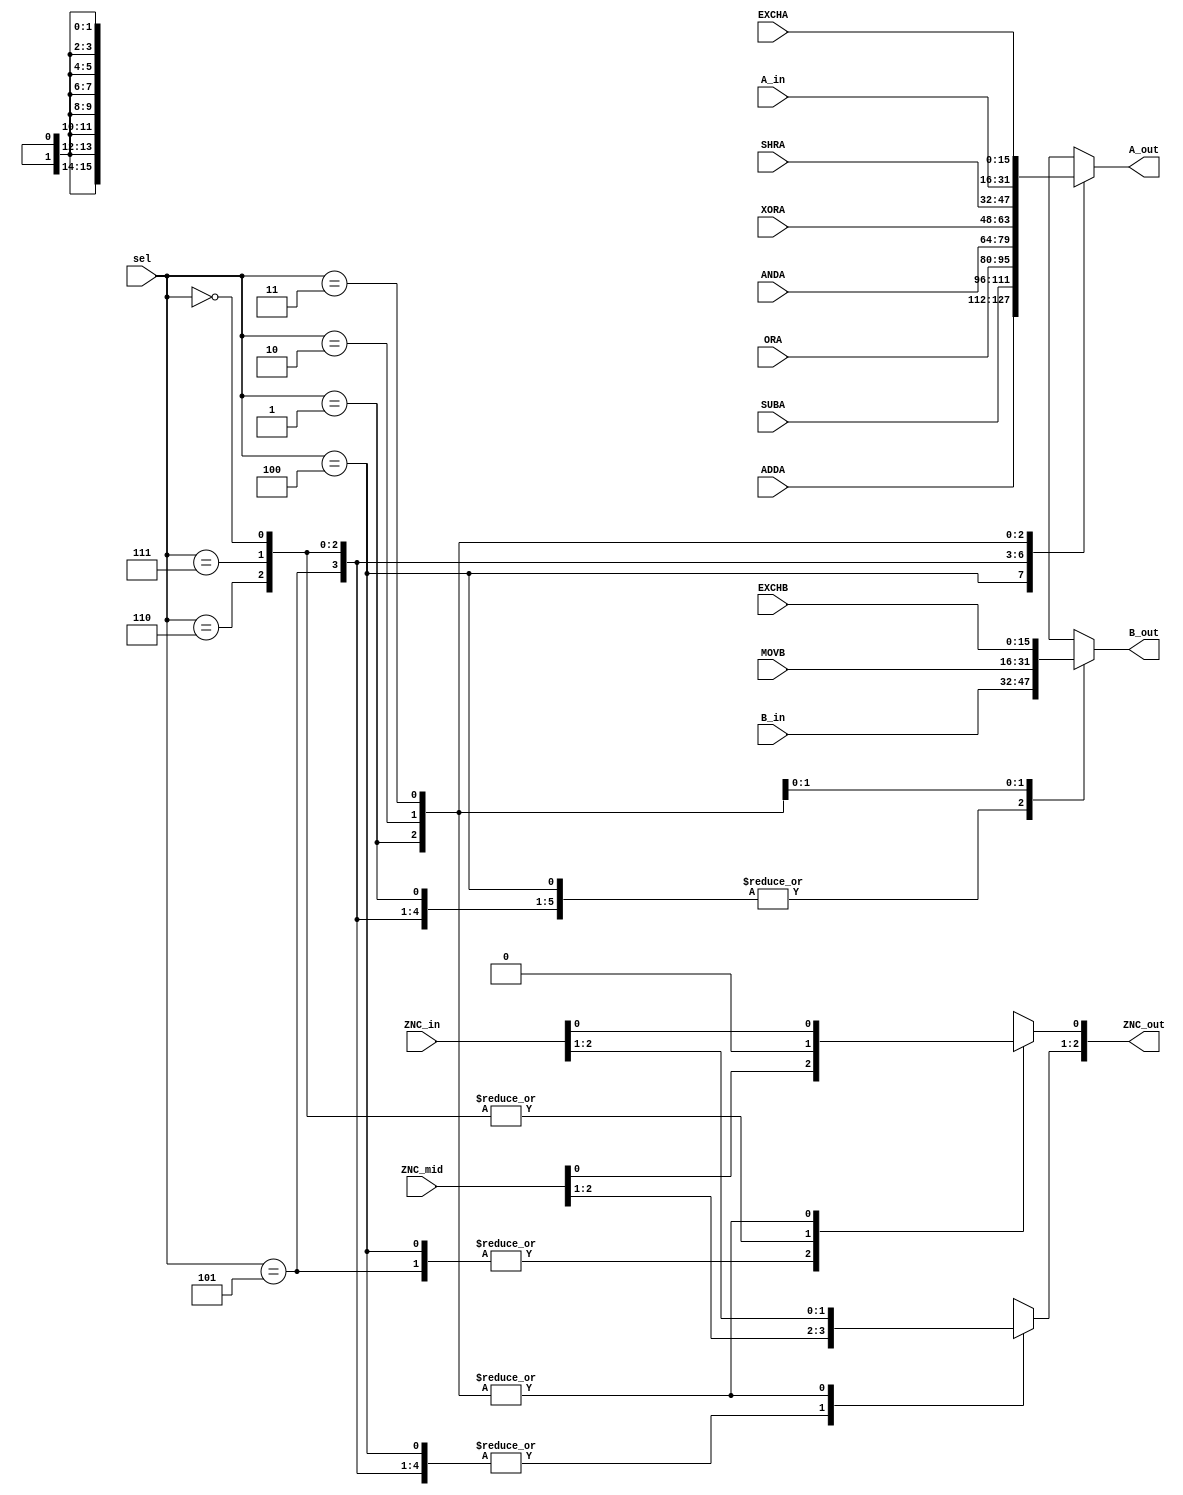
// Andrew Doucet
// Spencer Dugas

// Decoder to figure out what is going on

module DECO (A_in, B_in, ADDA, SUBA, ORA, ANDA, XORA, SHRA, MOVB, EXCHA, EXCHB, sel, A_out, B_out,ZNC_in,ZNC_mid,ZNC_out);

    //Inputs from instruction
    input [15:0] A_in, B_in, ADDA, SUBA, ORA, ANDA, XORA, SHRA, MOVB, EXCHA, EXCHB;

    // Select and outputs
    input [2:0] sel;
    output reg [15:0] A_out, B_out;

    // ZNC bits
    input [2:0]ZNC_in, ZNC_mid;
    output reg [2:0]ZNC_out;

    // Decoder
    always @ (A_in,B_in,sel)  begin

        case(sel)
            //ADD
            3'b100 : begin
                        A_out = ADDA;
                        B_out = B_in;
                        ZNC_out = ZNC_mid;
                    end
            //SUB
            3'b101 : begin
                        A_out = SUBA;
                        B_out = B_in;
                        ZNC_out = ZNC_mid;
                    end
            //OR
            3'b110 : begin
                        A_out = ORA;
                        B_out = B_in;
                        ZNC_out[2:1] = ZNC_mid[2:1];
                        ZNC_out[0] = 0;
                    end
            //AND
            3'b111 : begin
                        A_out = ANDA;
                        B_out = B_in;
                        ZNC_out[2:1] = ZNC_mid[2:1];
                        ZNC_out[0] = 0;
                    end
            //XOR
            3'b000 : begin
                        A_out = XORA;
                        B_out = B_in;
                        ZNC_out[2:1] = ZNC_mid[2:1];
                        ZNC_out[0] = 0;
                    end
            //SHR
            3'b001 : begin
                        A_out = SHRA;
                        B_out = B_in;
                        ZNC_out = ZNC_in;
                    end
            //MOV
            3'b010 : begin
                        A_out = A_in;
                        B_out = MOVB;
                        ZNC_out = ZNC_in;
                    end
            //EXCH
            3'b011 : begin
                        A_out = EXCHA;
                        B_out = EXCHB;
                        ZNC_out = ZNC_in;
                    end
        endcase
    end
endmodule